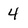
Character: 4